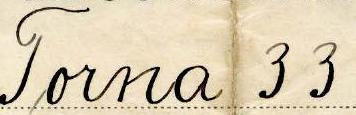
Torna 33